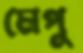
মেপু